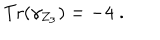
\mathrm { T r } ( \gamma _ { Z _ { 3 } } ) = - 4 \; .